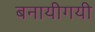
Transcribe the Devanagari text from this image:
बनायीगयी